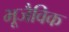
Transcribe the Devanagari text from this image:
भूजैविक